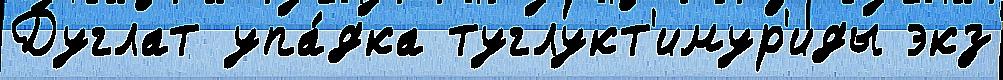
Дуглат упа́дка туглукт'имур'иды экз